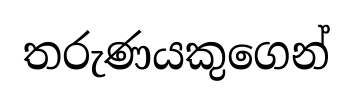
තරුණයකුගෙන්